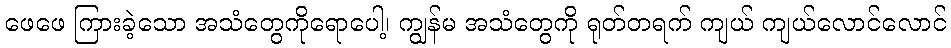
ဖေဖေ ကြားခဲ့သော အသံတွေကိုရောပေါ့၊ ကျွန်မ အသံတွေကို ရုတ်တရက် ကျယ် ကျယ်လောင်လောင်